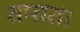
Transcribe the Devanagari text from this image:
तपाता